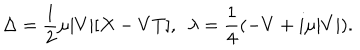
\Delta = { \frac { 1 } { 2 } } \mu | V | [ X - V T ] , \ \ \lambda = { \frac { 1 } { 4 } } ( - V + i \mu | V | ) .